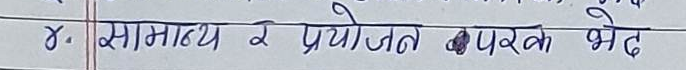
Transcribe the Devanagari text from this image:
४. सामान्य र प्रयोजनपरक भेट